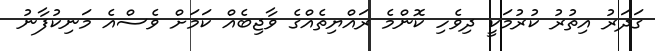
ގަދަރު އިތުރު ކުރުމަކީ ދިވެހި ކޮންމެ ރައްޔިތެއްގެ ވާޖިބެއް ކަމަށް ވެސްއެ މަނިކުފާނު